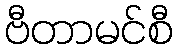
ဗီတာမင်စီ